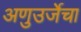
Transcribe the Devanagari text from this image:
अणुउर्जेचा